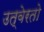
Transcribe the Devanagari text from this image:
उत्वेरतो